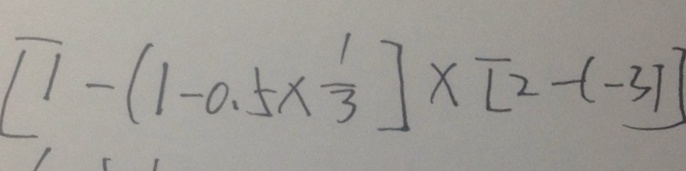
[ 1 - ( 1 - 0 . 5 \times \frac { 1 } { 3 } ] \times [ 2 - ( - 3 ) ]